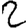
Digit: 2